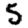
Digit: 5